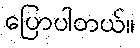
ပြောပါတယ်။